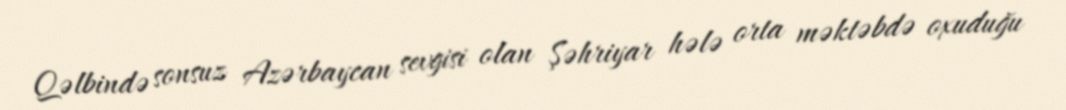
Qəlbində sonsuz Azərbaycan sevgisi olan Şəhriyar hələ orta məktəbdə oxuduğu